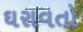
ઘરાવતો